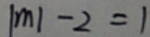
\vert m \vert - 2 = 1